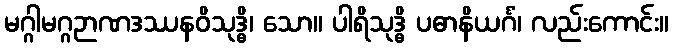
မဂ္ဂါမဂ္ဂဉာဏဒဿနဝိသုဒ္ဓိ၊ သော။ ပါရိသုဒ္ဓိ ပဓာနိယင်္ဂံ၊ လည်းကောင်း။